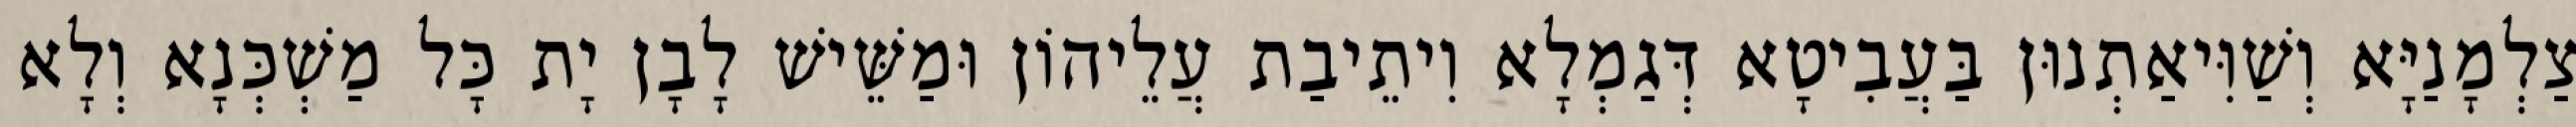
צַלְמָנַיָּא וְשַׁוִּיאַתְנוּן בַּעֲבִיטָא דְּגַמְלָא וִיתֵיבַת עֲלֵיהוֹן וּמַשֵּׁישׁ לָבָן יָת כָּל מַשְׁכְּנָא וְלָא